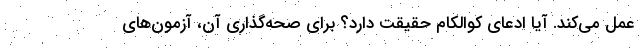
عمل می‌کند. آیا ادعای کوالکام حقیقت دارد؟ برای صحه‌گذاری آن، آزمون‌های